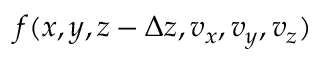
f ( x , y , z - \Delta z , v _ { x } , v _ { y } , v _ { z } )